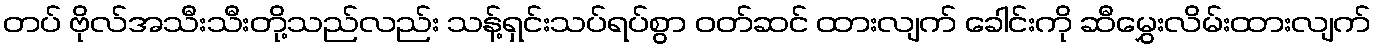
တပ် ဗိုလ်အသီးသီးတို့သည်လည်း သန့်ရှင်းသပ်ရပ်စွာ ဝတ်ဆင် ထားလျက် ခေါင်းကို ဆီမွှေးလိမ်းထားလျက်